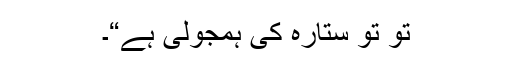
تُو تو ستارہ کی ہمجولی ہے“۔